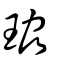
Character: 珕